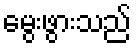
မွေးဖွားသည်